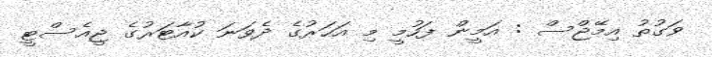
ވަގުތު އިމޭޖްސް : އަމީން ފަހުމީ މި އަހަރުގެ ދެވަނަ ކުއާޓަރުގެ ޖީއެސްޓީ